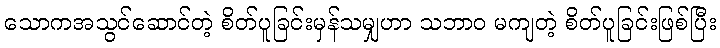
သောကအသွင်ဆောင်တဲ့ စိတ်ပူခြင်းမှန်သမျှဟာ သဘာဝ မကျတဲ့ စိတ်ပူခြင်းဖြစ်ပြီး